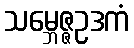
သမ္ဘေဇ္ဇဥဒကံ